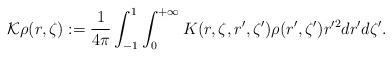
LaTeX: \begin{align*}\mathcal{K}\rho(r,\zeta):=\frac{1}{4\pi}\int_{-1}^1\int_0^{+\infty}K(r,\zeta, r',\zeta')\rho(r',\zeta')r'^2dr'd\zeta'.\end{align*}